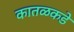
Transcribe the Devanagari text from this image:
कातळकडे